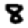
Digit: 8